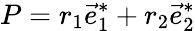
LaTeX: P=r_{1}\vec{e}_{1}^{*}+r_{2}\vec{e}_{2}^{*}